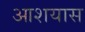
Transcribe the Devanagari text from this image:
आशयास